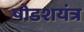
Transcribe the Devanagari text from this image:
षोडशयंत्र